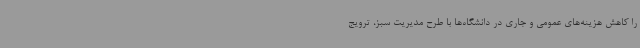
را کاهش هزینه‌های عمومی و جاری در دانشگاه‌ها با طرح مدیریت سبز، ترویج